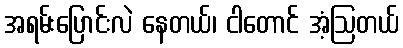
အရမ်းပြောင်းလဲ နေတယ်၊ ငါတောင် အံ့ဩတယ်